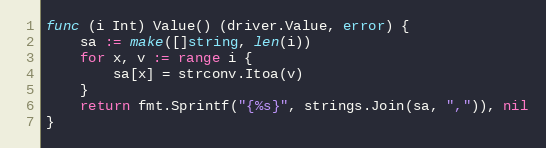
Language: Go
func (i Int) Value() (driver.Value, error) {
	sa := make([]string, len(i))
	for x, v := range i {
		sa[x] = strconv.Itoa(v)
	}
	return fmt.Sprintf("{%s}", strings.Join(sa, ",")), nil
}